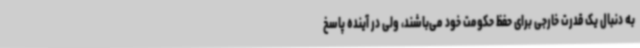
به دنبال یک قدرت خارجی برای حفظ حکومت خود می‌باشند، ولی در آینده پاسخ